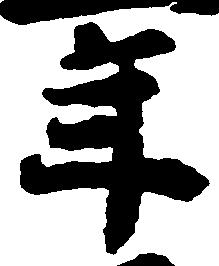
年